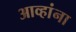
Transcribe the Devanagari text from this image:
आव्हांना